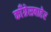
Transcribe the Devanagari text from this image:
काँग्रेसबाहेर